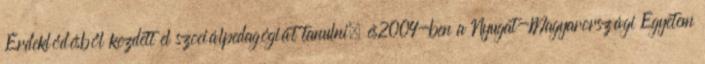
Érdeklődésből kezdett el szociálpedagógiát tanulni, és2004-ben a Nyugat-Magyarországi Egyetem